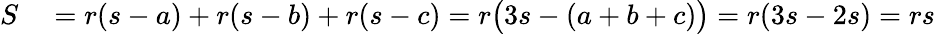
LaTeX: \begin{array}{rl}{S}&{{}=r(s-a)+r(s-b)+r(s-c)=r{\bigl(}3s-(a+b+c){\bigr)}=r(3s-2s)=rs}\end{array}